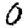
Digit: 0